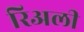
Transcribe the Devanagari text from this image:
रिअली